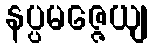
နပ္ပမဇ္ဇေယျ